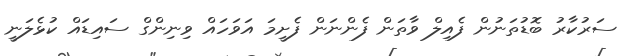
ސަރުކާރު ބޮޑުތަނުން ފެއިލް ވާތަން ފެންނަން ފެށީމަ އަވަހައް ވިނިންގް ސައިޑައް ކުޅެލަނީ